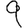
Digit: 9